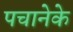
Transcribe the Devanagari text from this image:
पचानेके